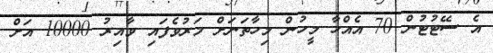
އެ ސޭޓުޓުން 70 އެއްހާ މީހުން މިހާތަނަށް މަރުވެފައި ވާއިރު 10000 އަށް